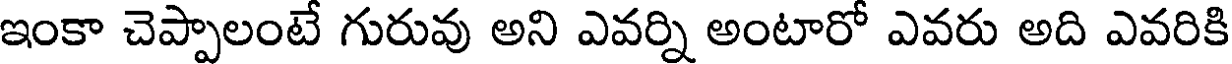
ఇంకా చెప్పాలంటే గురువు అని ఎవర్ని అంటారో ఎవరు అది ఎవరికి